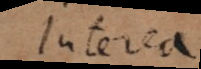
Interea